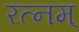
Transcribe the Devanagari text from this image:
रत्नम्‌